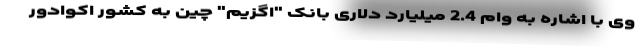
وی با اشاره به وام 2.4 میلیارد دلاری بانک "اگزیم" چین به کشور اکوادور